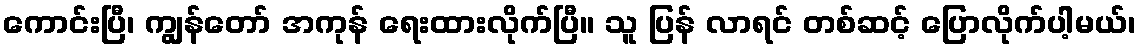
ကောင်းပြီ၊ ကျွန်တော် အကုန် ရေးထားလိုက်ပြီ။ သူ ပြန် လာရင် တစ်ဆင့် ပြောလိုက်ပါ့မယ်၊